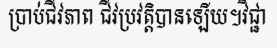
ប្រាប់ជីវភាព ជីវប្រវត្តិបានឡើយ។វិជ្ជា